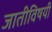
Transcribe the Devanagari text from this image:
जातीविषयी